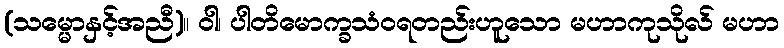
(သမ္မောနှင့်အညီ)။ ဝါ၊ ပါတိမောက္ခသံဝရတည်းဟူသော မဟာကုသိုလ် မဟာ